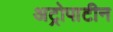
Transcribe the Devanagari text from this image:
अट्रोपाटीन